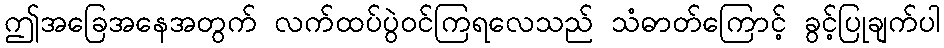
ဤအခြေအနေအတွက် လက်ထပ်ပွဲဝင်ကြရလေသည် သံဓာတ်ကြောင့် ခွင့်ပြုချက်ပါ